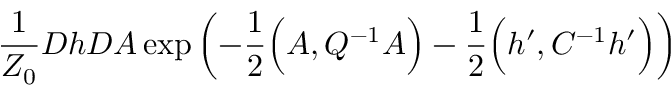
\frac { 1 } { Z _ { 0 } } { \cal D } h { \cal D } A \exp \left( - \frac { 1 } { 2 } \Big ( A , Q ^ { - 1 } A \Big ) - \frac { 1 } { 2 } \Big ( h ^ { \prime } , C ^ { - 1 } h ^ { \prime } \Big ) \right)